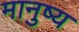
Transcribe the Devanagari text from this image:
मानुष्य